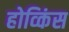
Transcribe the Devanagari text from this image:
होव्किंस